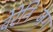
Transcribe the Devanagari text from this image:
वेरेनिजिंग